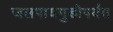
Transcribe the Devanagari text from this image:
जलपायगुडीपर्यंत